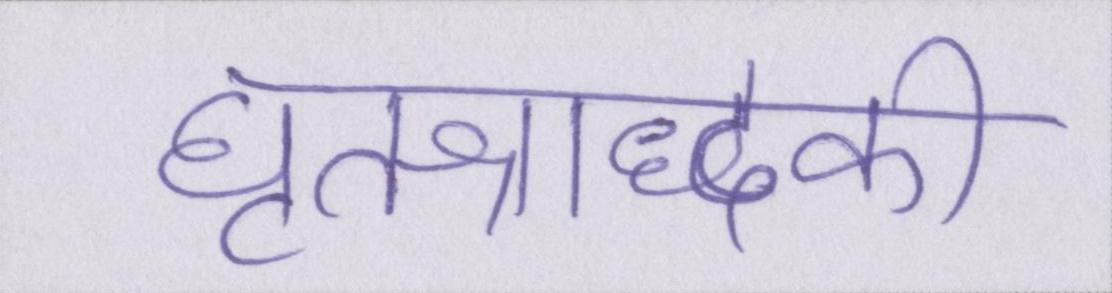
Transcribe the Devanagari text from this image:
घृतश्राद्धकी